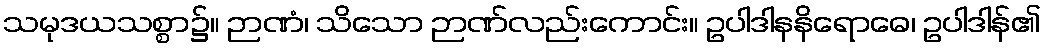
သမုဒယသစ္စာ၌။ ဉာဏံ၊ သိသော ဉာဏ်လည်းကောင်း။ ဥပါဒါနနိရောဓေ၊ ဥပါဒါန်၏